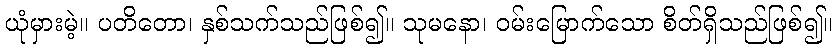
ယုံမှားမဲ့။ ပတိတော၊ နှစ်သက်သည်ဖြစ်၍။ သုမနော၊ ဝမ်းမြောက်သော စိတ်ရှိသည်ဖြစ်၍။